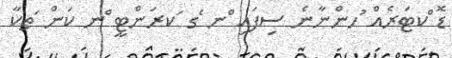
ޑޮ ްކޓަރެއް ުހންނާނެ ސިފައި ްނ ެގ ަކރަންޓީ ްނ ކަން ަތކާ